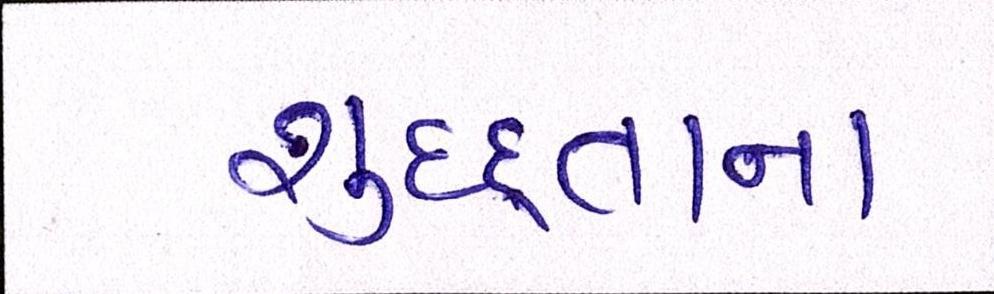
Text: શુદ્ધતાના